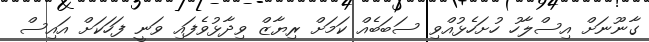
ގާނޫނަށް އިސްލާހު ހުށަހެޅުއްވި ސަބަބެއް ކަމަށް ރިޔާޒް ވިދާޅުވެފައި ވަނީ ފަހަކަށް އައިސް